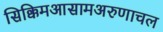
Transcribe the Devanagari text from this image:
सिक्किमआसामअरुणाचल